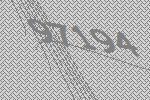
97194